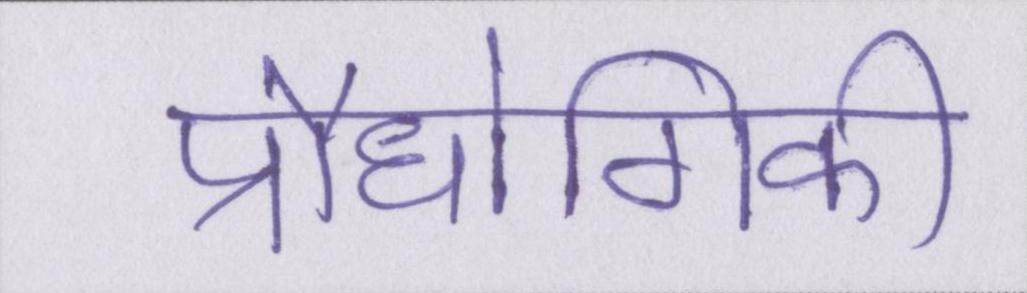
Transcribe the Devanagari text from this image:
प्रौधोगिकी